Report on malaria in the Punjab during the year ...  together with an account of the work of the Punjab Malaria Bureau - Volume 2
Disease focus: Malaria
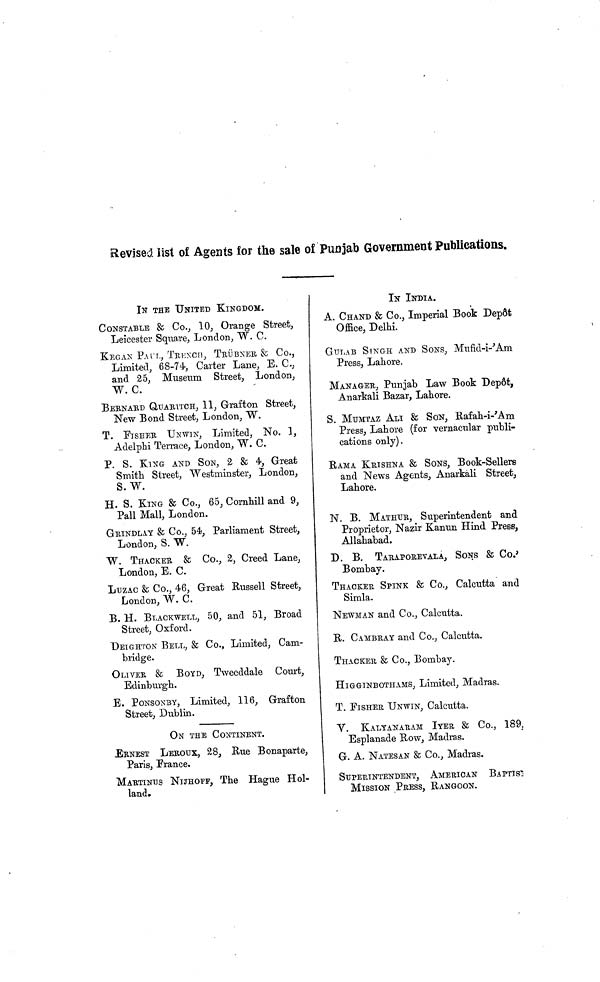
Revised list of Agents lor the sale o
IN THE UNITED KINGDOM.
CONSTABLE & Co., 10, Orange Street,
Leicester Square, London, W. C.
KEGAN PAUL, TREXCH, TRÜBNER fe Co.,
Limited, 68-74, Carter Lane, E. C,
and 25, Museum Street, London,
W. C.
BERNARD QUARITCH, 11 , Grafton Street,
New Bond Street, London, W.
C. FISHER UNWIN, Limited, No. 1,
Adelphi Terrace, London, W. C.
P. S. KING AND SON, 2 & 4, Great
Smith Street, Westminster, London,
S.W.
H. S. KING & Co., 65, Cornhill and 9,
Pall Mall, London.
GRINDLAY & Co., 54, Parliament Street,
London, S. W.
W. THACKER & Co., 2, Creed Lane,
London, E. C.
LUZAC & Co., 46, Great Russell Street,
London, W. C.
B. H. BLACKWELL, 50, and 51, Broad
Street, Oxford.
DEIGHTON BELL, & Co., Limited, Cam-
1
• 1
bridge.
OLIVER & BOYD, Tweeddale Court,
Edinburgh.
E. PONSONBY, Limited, 116, Grafton
Street, Dublin.
ON THE CONTINENT.
ERNEST LEROUX, 28, Rue Bonaparte,
Paris, Prance.
MARTINIUS NIJHOFF, The Hague Hol-
land.
Punjab Government Publications.
IN INDIA.
A. CHAND & Co., Imperial Book Depot
Office Delhi
GULAB SINGH AND SONS, Mufid-i-'Am
Press, Lahore.
MANAGER, Punjab Law Book Depot,
Anarkali Bazar, Lahore.
S. MUMTAZ ALI & SON, Rafah-i-'Am
Press, Lahore (for vernacular publi-
cations only).
RAMA KRISHNA & SONS, Book-Sellers
and News Agents, Anarkali Street,
in h (W&
N. B. MATHUR, Superintendent and
Proprietor, Nazir Kanun Hind Press,
Allahabad.
D. B. TARAPOEEVALA, SONS & CO.
Bombay.
THACKER SPINK & Co., Calcutta and
Simla.
NEWMAN and Co., Calcutta.
R. CAMBRAY and Co., Calcutta.
THACKER & Co., Bombay.
HIGGINBOTHAMS, Limited, Madras.
T. FISHER UNWIN, Calcutta.
V. KALYANARAM IYER & Co., 189.
Esplanade Row, Madras.
G. A. NATESAN & Co., Madras.
SUPERINTENDENT, AMERICAN BAPTIS
MISSION PRESS, RANGOON.